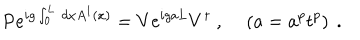
LaTeX: \mathrm { P } e ^ { i g \int _ { 0 } ^ { L } \, d x A ^ { 1 } ( x ) } = V e ^ { i g a L } V ^ { \dagger } \ , \left( a = a ^ { p } t ^ { p } \right) \ .